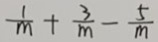
\frac { 1 } { m } + \frac { 3 } { m } - \frac { 5 } { m }